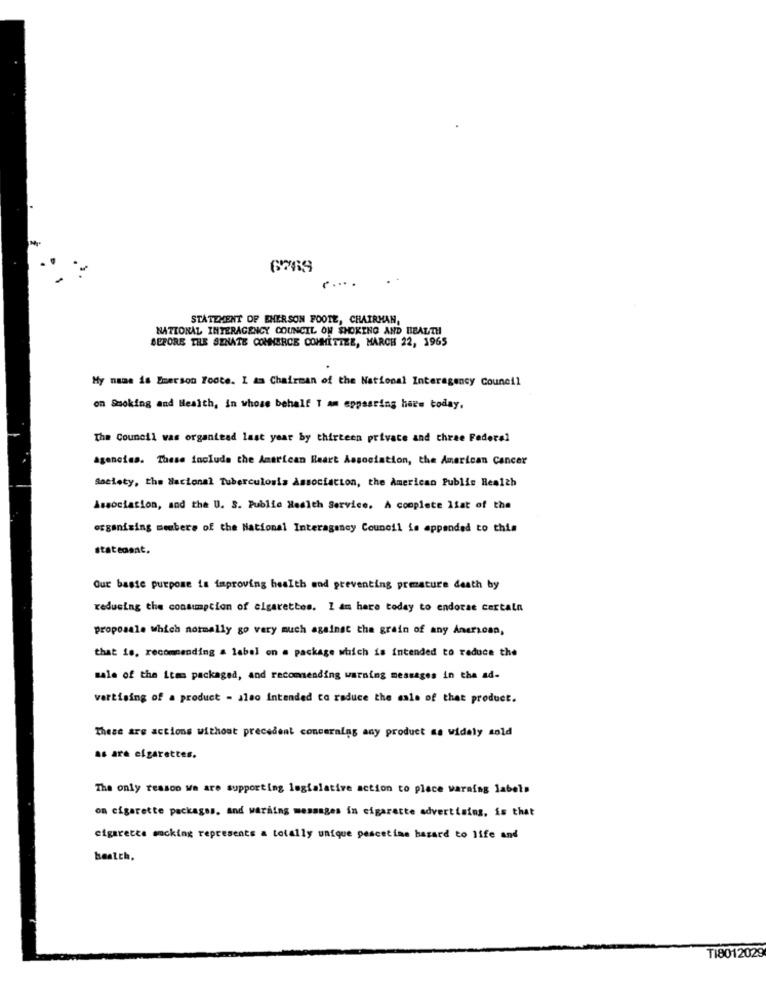
6769
.....
STATEMENT OF EHERSON FOOTE, CHAIRMAN,
NATIONAL INTERAGENCY COUNCIL ON SHOKING AND HEALTH
BEFORE THE SENATE COMMERCE COMMITTEE, MARCH 22, 1965
My name is Emerson Foote. I am Chairman of the National Interagency Council
on Smoking and Health, in whose behalf I am eppasting here today.
The Council was organtead last year by thirteen private and three Federal
agencias. These include the American Heart Association, the American Cancer
Society, the Nacional Tuberculosis Association, the American Public Health
Association, and the U. S. Public Health Service. A complete list of the
organizing members of the National Interagency Council is appended to this
statedant.
Our baste purpose is improving health and preventing premature death by
reducing the consumption of cigarettes. 1 am here today to endorse cartala
proposale which normally go very much against the grain of any Anerican,
that is, recommending a label on a package which is intended to reduce the
sale of the item packaged, and recommending warning messages in tha ad-
vertising of a product - also Intended to reduce the sale of that product.
These are actions without precedent conceralas any product as widely sold
as are cigarettes.
The only reason we are supporting logialative action to place warning labels
on cigarette packages, and warming messages in cigarette advertising, is that
cigaretta macking represents a totally unique pescetime hazard to life and
bestch.
Ti8012029